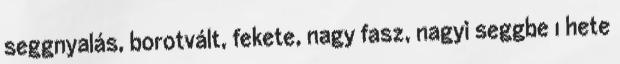
seggnyalás, borotvált, fekete, nagy fasz, nagyi seggbe 1 hete